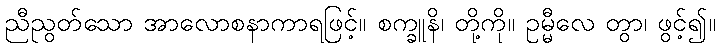
ညီညွတ်သော အာလောစနာကာရဖြင့်။ စက္ခူနိ၊ တို့ကို။ ဥမ္မီလေ တွာ၊ ဖွင့်၍။